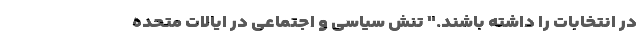
در انتخابات را داشته باشند." تنش سیاسی و اجتماعی در ایالات متحده